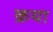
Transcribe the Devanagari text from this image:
क्रया